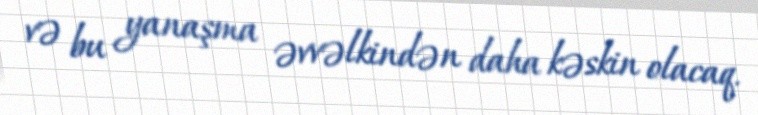
və bu yanaşma əvvəlkindən daha kəskin olacaq.